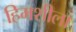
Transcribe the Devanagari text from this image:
हिमशीला